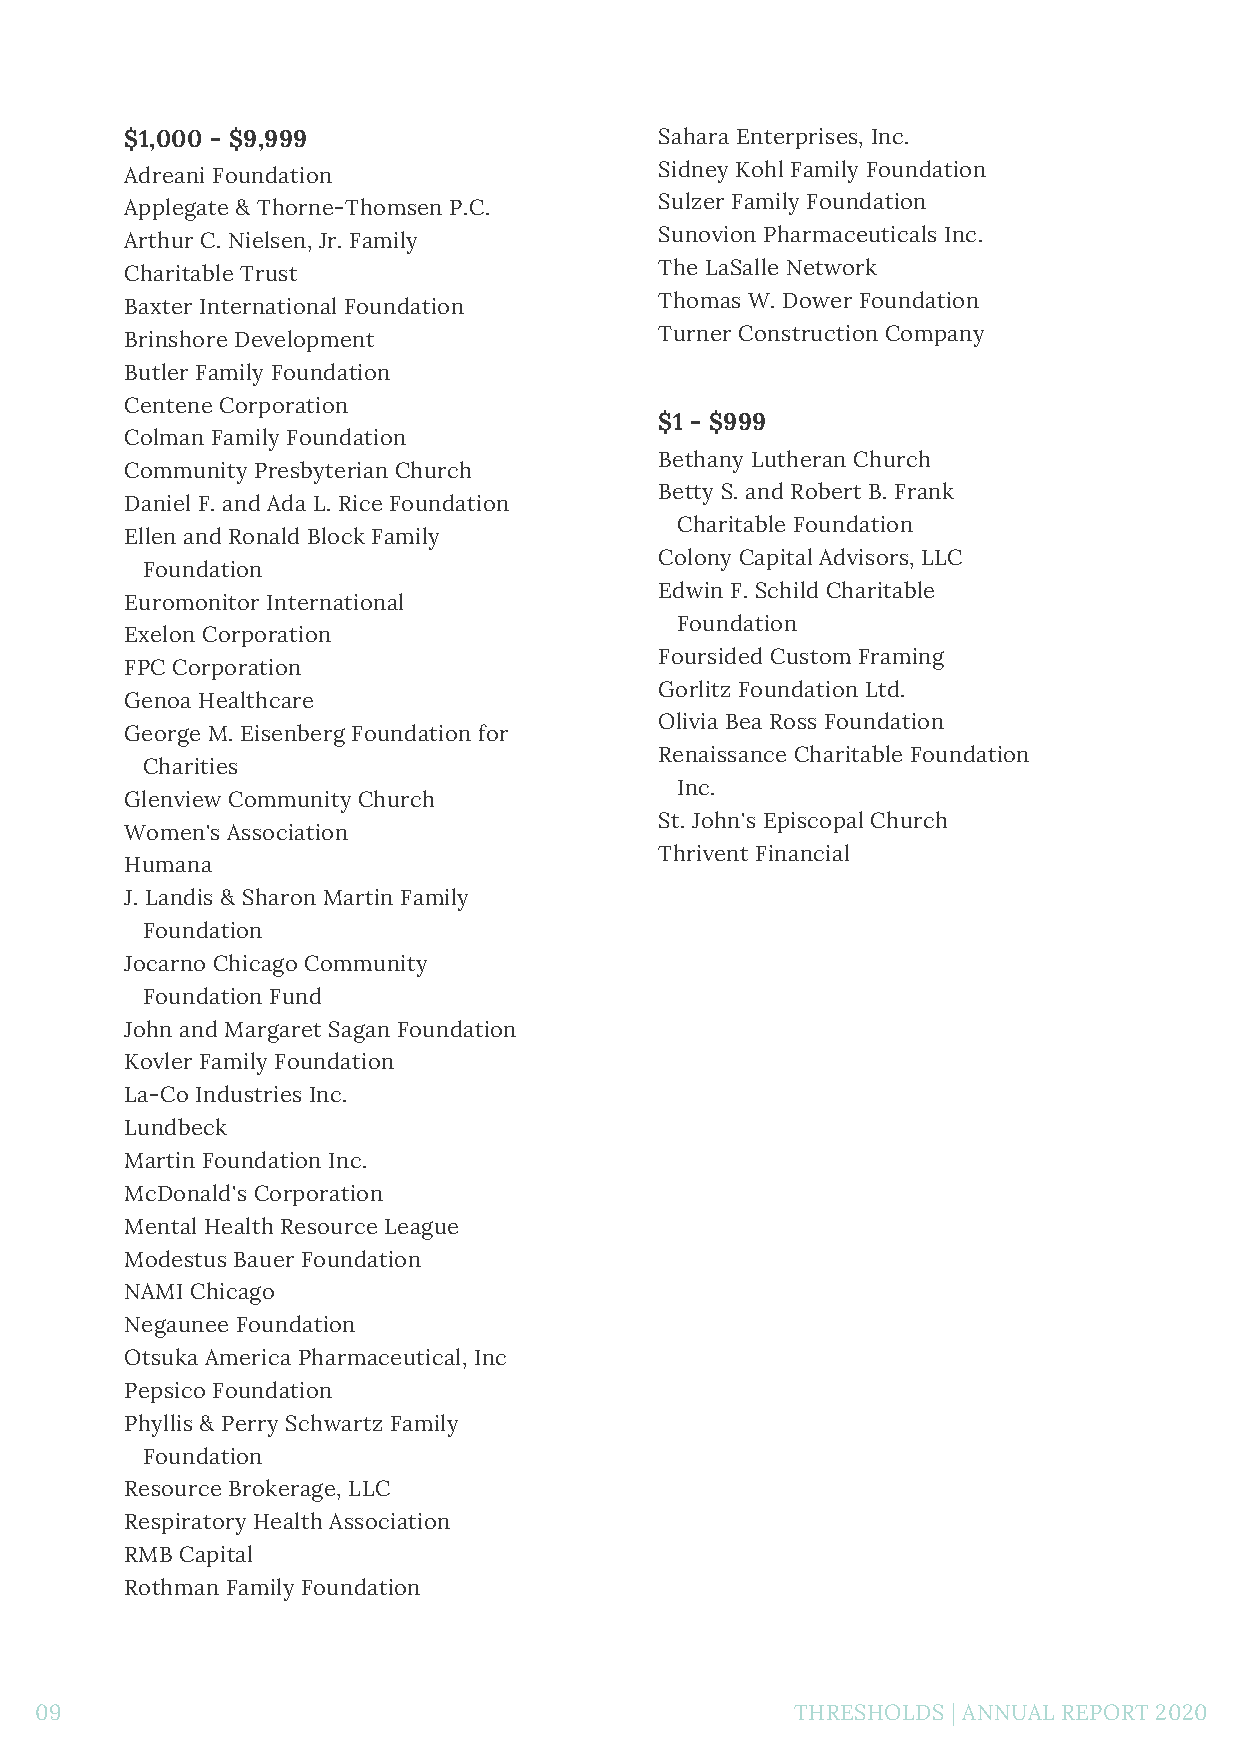
$1,000 - $9,999                     Sahara Enterprises, Inc.
 Adreani Foundation                  Sidney Kohl Family Foundation
 Applegate & Thorne-Thomsen P.C.     Sulzer Family Foundation
 Arthur C. Nielsen, Jr. Family       Sunovion Pharmaceuticals Inc.
 Charitable Trust                    The LaSalle Network
 Baxter International Foundation     Thomas W. Dower Foundation
 Brinshore Development               Turner Construction Company
 Butler Family Foundation
 Centene Corporation
 $1 - $999
 Colman Family Foundation
 Bethany Lutheran Church
 Community Presbyterian Church
 Betty S. and Robert B. Frank
 Daniel F. and Ada L. Rice Foundation
 Charitable Foundation
 Ellen and Ronald Block Family
 Colony Capital Advisors, LLC
 Foundation
 Edwin F. Schild Charitable
 Euromonitor International
 Foundation
 Exelon Corporation
 Foursided Custom Framing
 FPC Corporation
 Gorlitz Foundation Ltd.
 Genoa Healthcare
 Olivia Bea Ross Foundation
 George M. Eisenberg Foundation for
 Renaissance Charitable Foundation
 Charities
 Inc.
 Glenview Community Church
 St. John's Episcopal Church
 Women's Association
 Thrivent Financial
 Humana
 J. Landis & Sharon Martin Family
 Foundation
 Jocarno Chicago Community
 Foundation Fund
 John and Margaret Sagan Foundation
 Kovler Family Foundation
 La-Co Industries Inc.
 Lundbeck
 Martin Foundation Inc.
 McDonald's Corporation
 Mental Health Resource League
 Modestus Bauer Foundation
 NAMI Chicago
 Negaunee Foundation
 Otsuka America Pharmaceutical, Inc
 Pepsico Foundation
 Phyllis & Perry Schwartz Family
 Foundation
 Resource Brokerage, LLC
 Respiratory Health Association
 RMB Capital
 Rothman Family Foundation
 09                                                 THRESHOLDS | ANNUAL REPORT 2020